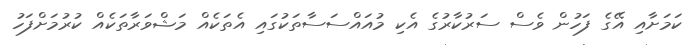
ކަމަށާއި އޭގެ ފަހުން ވެސް ސަރުކާރުގެ އެކި މުއައްސަސާތަކުގައި އެތަކެއް މަޝްވަރާތަކެއް ކުރުމަށްފަހު